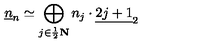
\underline { { n } } _ { n } \simeq \bigoplus _ { j \in \frac { 1 } { 2 } \bf N } n _ { j } \cdot \underline { { 2 j + 1 } } _ { 2 }